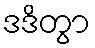
ဒဒိတွာ